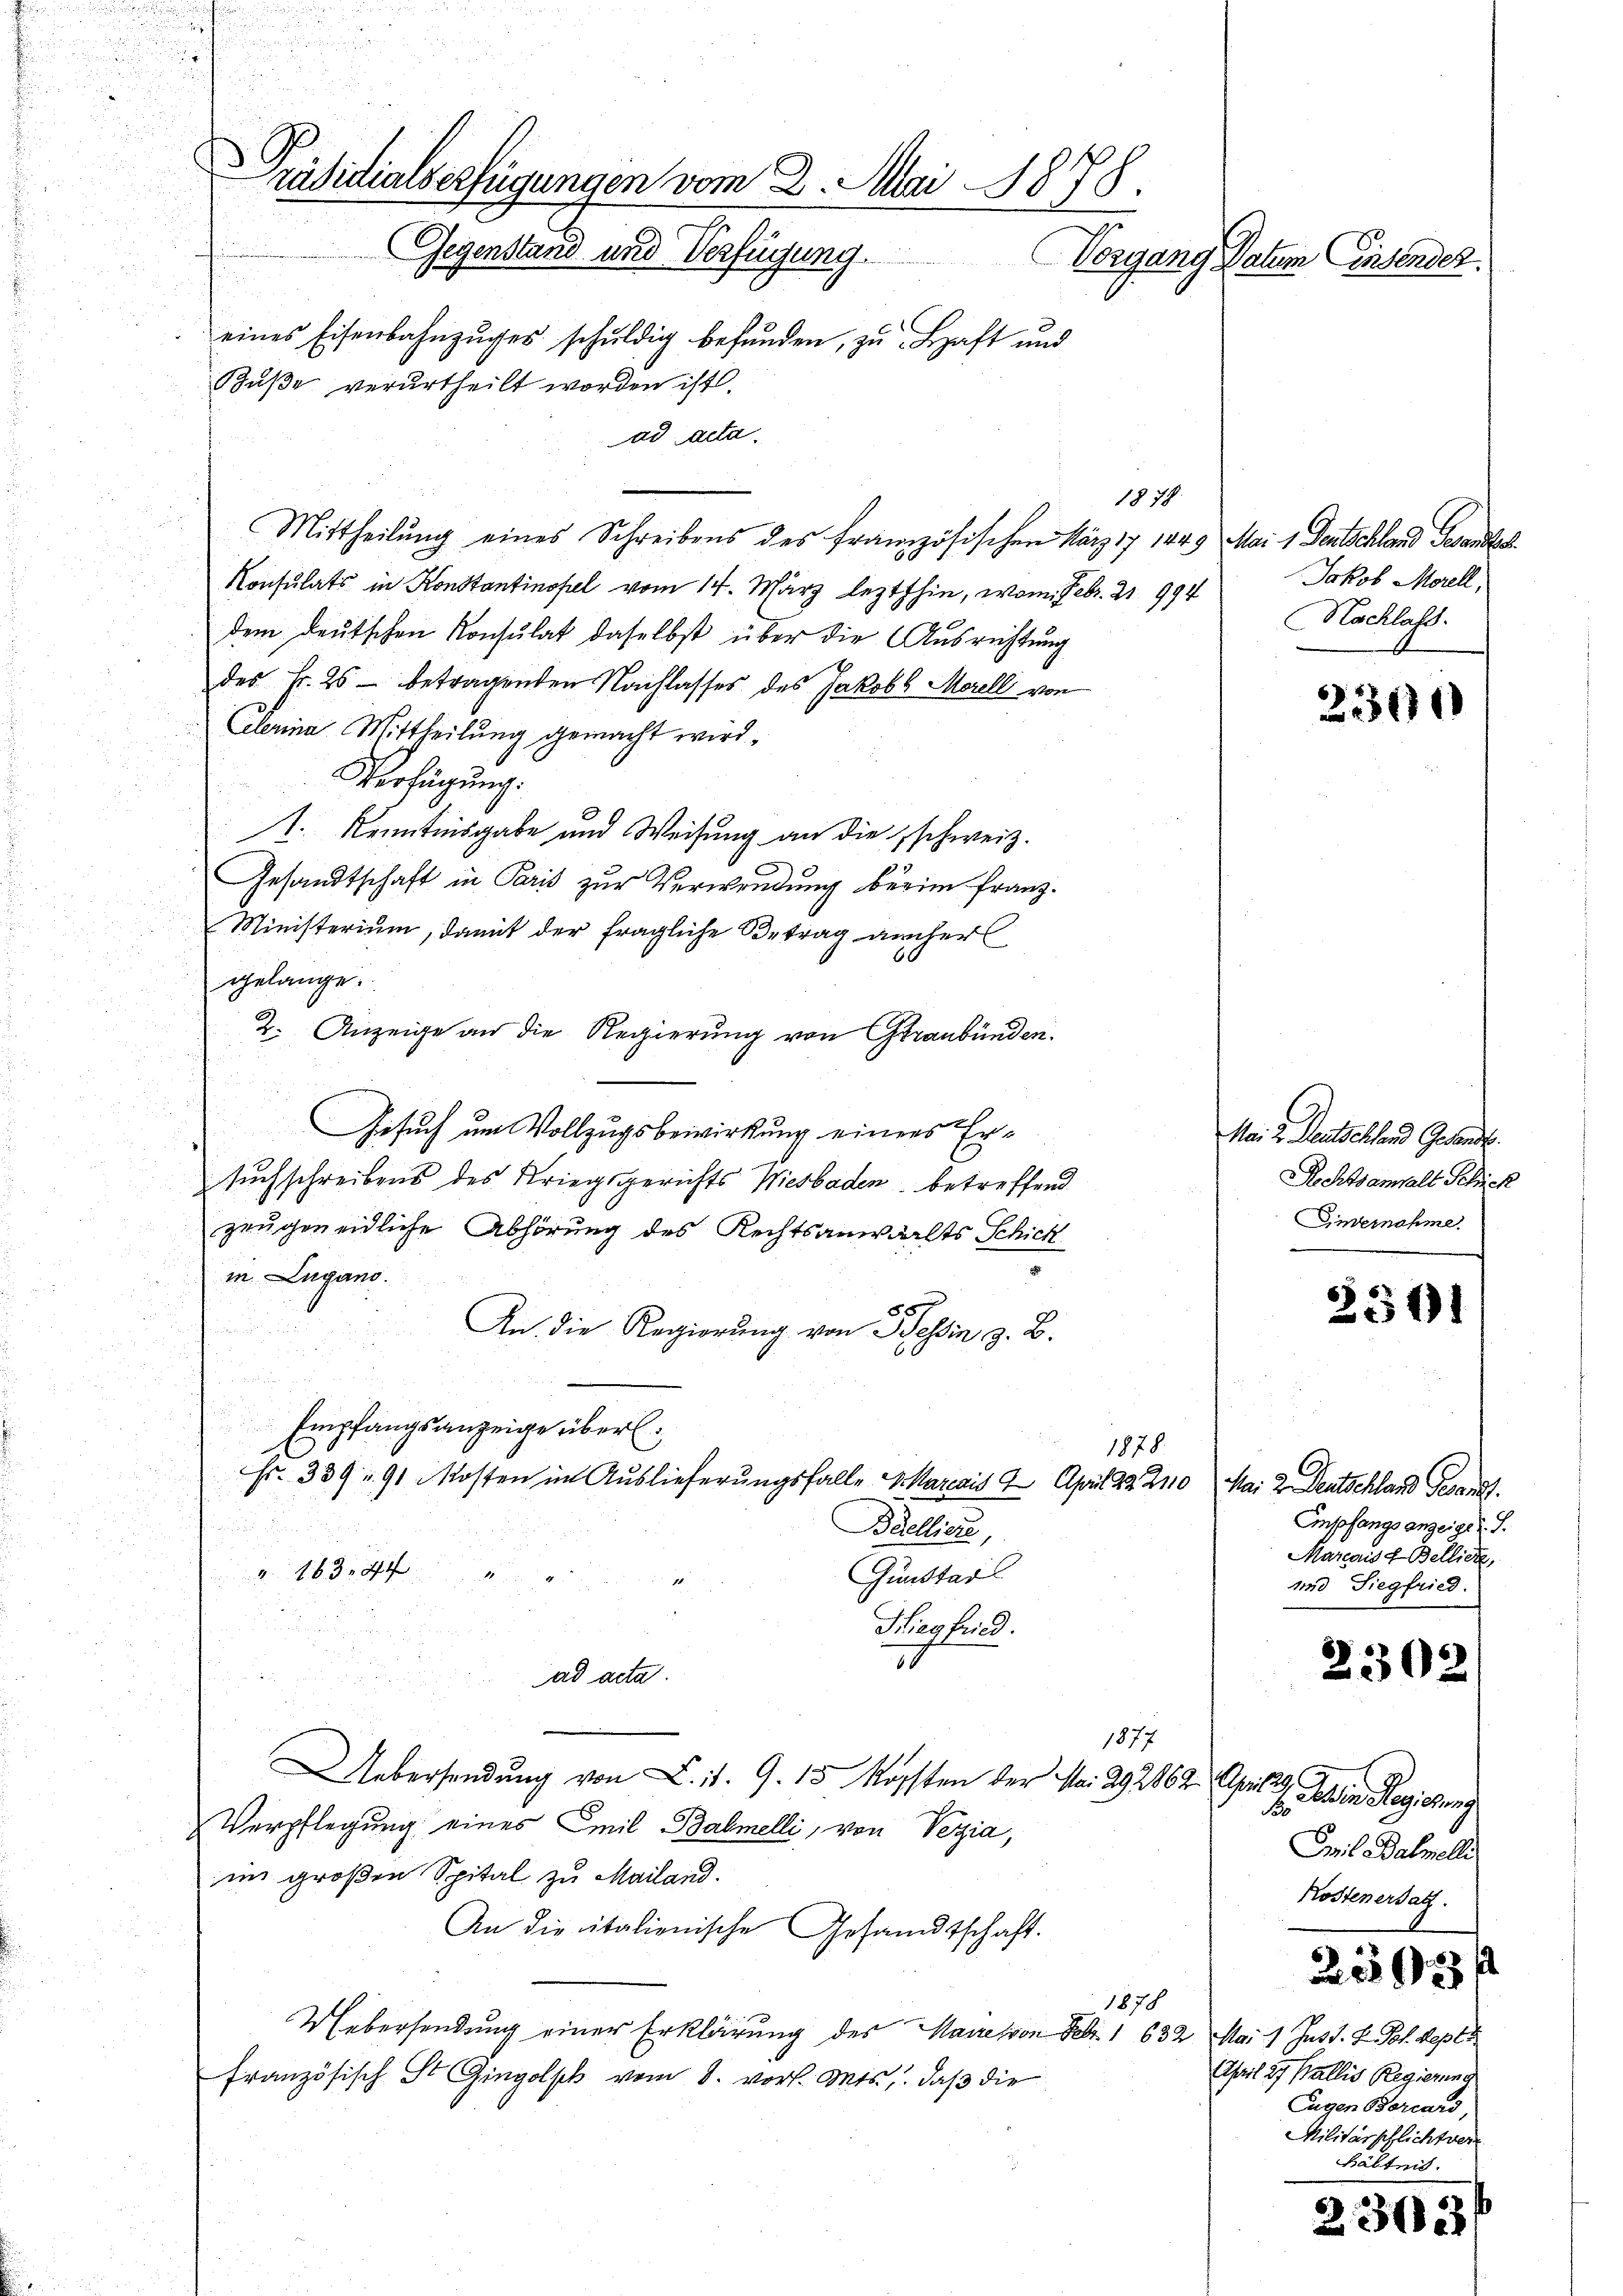
G
Präsidialverfügungen vom 2. Mai 1878.
Gegenstand und Verfügung.
Vorgang Datum Einsendes.
eines Eisenbahnzŭges schŭldig befŭnden, zu Haft und
Buße verurtheilt worden ist.

ad acta.
1870
Mittheilung eines Schreibens des französischen März 17, 19 Mai 1 Deutschland Gesandtsch
Konsulats in Konstantinofel vom 14. März lezthin, vom Febr. 21994
dem deutschen Konsulat daselbst über die Ausrichtung
t
des Fr. 25 betragenden Nachlasses des Jakob Morell von
Clerina Mittheilung gemacht wird.
Verfügung:
1. Kenntnisgabe und Weisung an die schweiz.
Gesandtschaft in Paris zur Verwendung berim franz¬
Ministerium, damit der fragliche Betrag anher
gelange.
2. Anzeige an die Regierung von Graubünden.
Gesuch um Vollzugsbewirkung einers Ersuchschreibens des Kriegsgerichts Wiesbaden, betreffend
zeugen eidliche Abhörung des Rechtsanwalts Schick
in Lugano.
An die Regierung von Hessin z. B.
Empfangsanzeige überl
1878.
Fr. 339 u. 91 Kosten im Auslieferungsfalle a Marcais 9. April 22 20 Mai 2 Deutschland Gesandt.

Besellen,
163. 44
2
Gunster
Hiegfried.
1
ad acta.
1877
Uebersendŭng von L. 1. 9. 15 Kopften der No. 292862. Aprill, Dein Regierung
Verpflegung eines Emil Balmelli, von Vegia,
im großen Spital zu Mailand.
An die italienische Gesandtschaft.
1878
Uebersendung einer Erklärung des Maire von Febr. 1 632 Mai 1 Just. H. Joh. Sept 1
Französisch St. Gingolph vom 8. vor. Mts., daß die

Jakob Morell,
Nachlass.

2300

Ma: 2. Deutschland Gesandt.
Rechtsamhalt Schick
Einvernahme.

2511

Empfangsanzeigel. S.
Marcais & Bellich,
und Siegfried.

2302

B
Emil Balmelli
Kostenersatz.

25593

April 27 Pallis Regierung
Eugen Borcard,
Militärschlichtver
Bältnis.

232